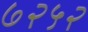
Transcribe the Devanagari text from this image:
७२५२